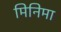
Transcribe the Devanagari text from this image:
मिनिमा